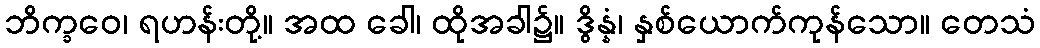
ဘိက္ခဝေ၊ ရဟန်းတို့။ အထ ခေါ၊ ထိုအခါ၌။ ဒွိန္နံ၊ နှစ်ယောက်ကုန်သော။ တေသံ